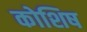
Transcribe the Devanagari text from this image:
कोशिष